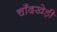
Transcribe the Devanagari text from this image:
चाँदखेड़ी